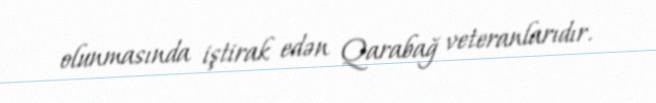
olunmasında iştirak edən Qarabağ veteranlarıdır.